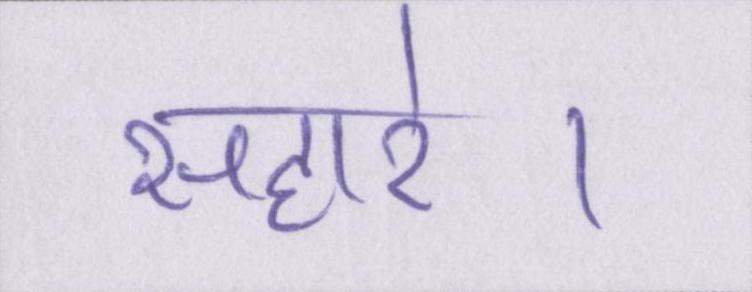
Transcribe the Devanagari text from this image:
सहारे।